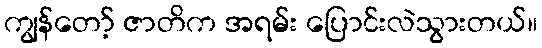
ကျွန်တော့် ဇာတိက အရမ်း ပြောင်းလဲသွားတယ်။